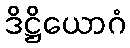
ဒိဋ္ဌိယောဂံ